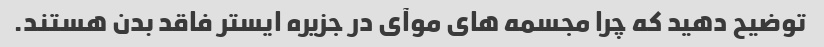
توضیح دهید که چرا مجسمه های موآی در جزیره ایستر فاقد بدن هستند.